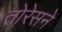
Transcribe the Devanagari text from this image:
तोरेसने